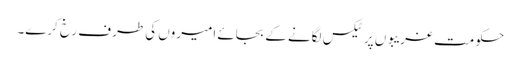
حکومت غریبوں پر ٹیکس لگانے کے بجائے امیروں کی طرف رخ کرے۔